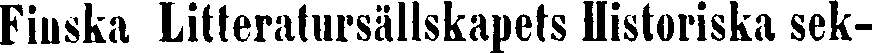
Finska Litteratursällskapets Historiska sek-